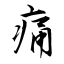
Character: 痛